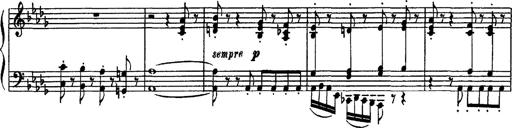
Title: Fantaisie sur des motifs favoris de l'opÃ©ra 'La sonnambula'
Composer: Franz Liszt